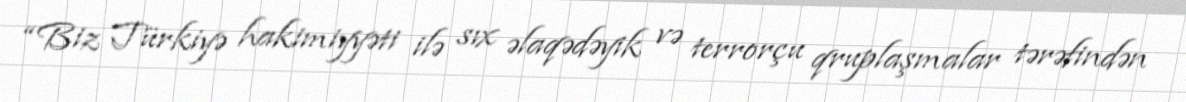
“Biz Türkiyə hakimiyyəti ilə sıx əlaqədəyik və terrorçu qruplaşmalar tərəfindən